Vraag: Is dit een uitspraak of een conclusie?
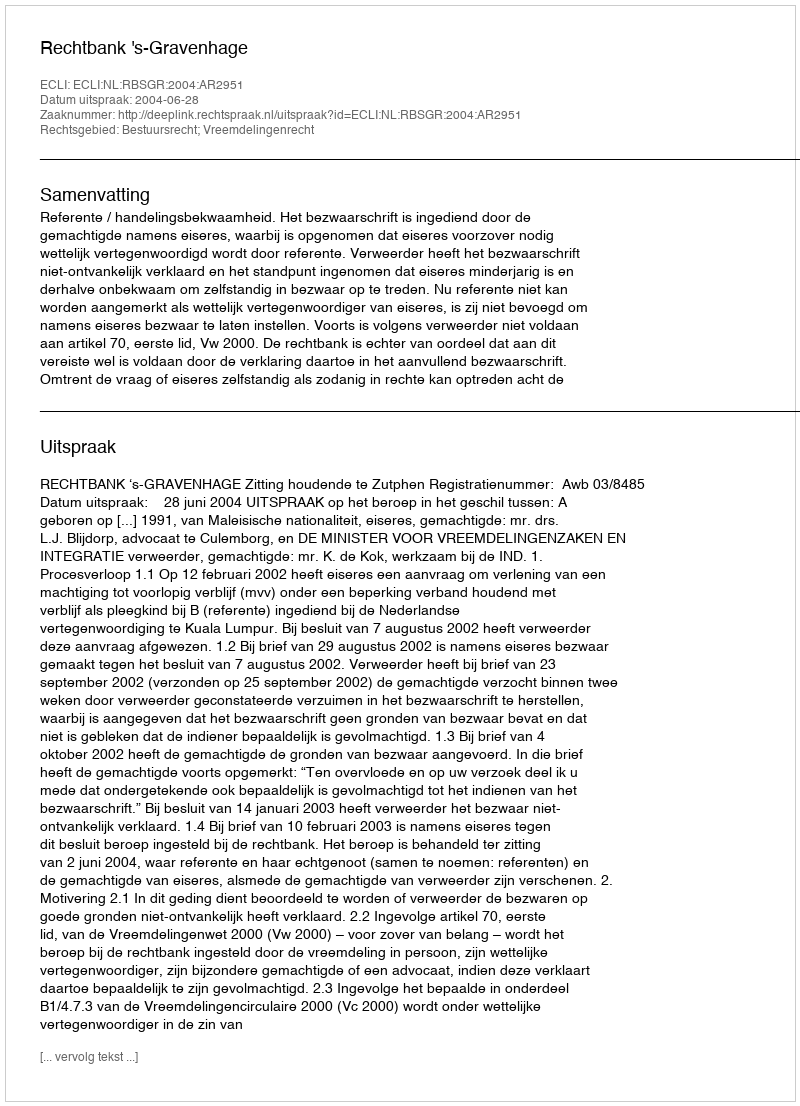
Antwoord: Uitspraak